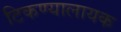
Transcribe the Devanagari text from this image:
टिकण्यालायक